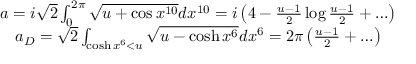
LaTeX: \begin{array} { c } { { a = { i \sqrt { 2 } } \int _ { 0 } ^ { 2 \pi } \sqrt { u + \cos x ^ { 1 0 } } d x ^ { 1 0 } = i \left( 4 - { \frac { u - 1 } { 2 } } \log { \frac { u - 1 } { 2 } } + \ldots \right) } } \\ { { a _ { D } = \sqrt { 2 } \int _ { \cosh x ^ { 6 } < u } \sqrt { u - \cosh x ^ { 6 } } d x ^ { 6 } = 2 \pi \left( { \frac { u - 1 } { 2 } } + \ldots \right) } } \end{array}